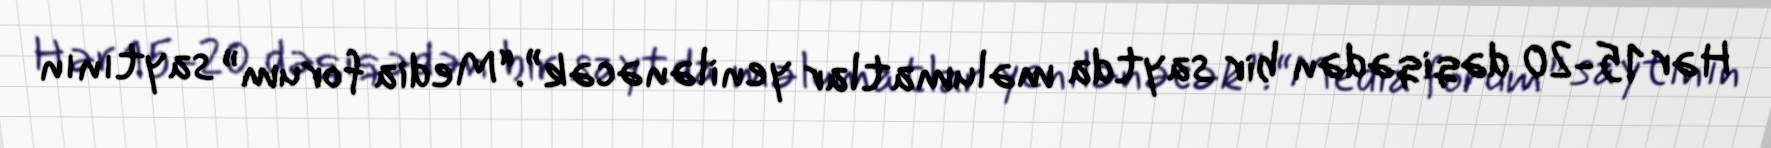
Hər 15-20 dəqiqədən bir saytda məlumatlar yenilənəcək”.“Media forum” saytının